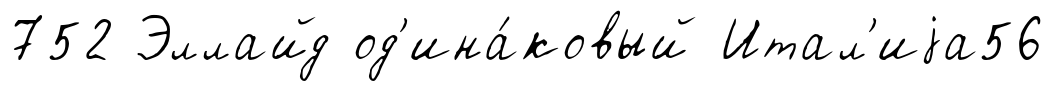
752 Эллайд од'ина́ковый Итал'иjа56